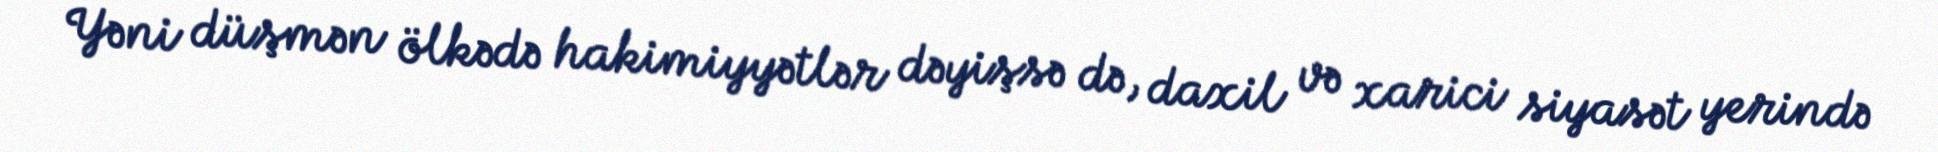
Yəni düşmən ölkədə hakimiyyətlər dəyişsə də, daxil və xarici siyasət yerində